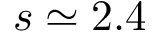
s \simeq 2 . 4